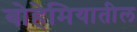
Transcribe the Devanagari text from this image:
बोहेमियातील